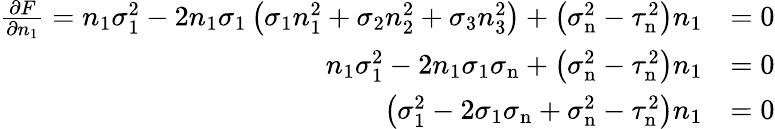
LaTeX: {\begin{array}{rl}{{\frac{\partial F}{\partial n_{1}}}=n_{1}\sigma_{1}^{2}-2n_{1}\sigma_{1}\left(\sigma_{1}n_{1}^{2}+\sigma_{2}n_{2}^{2}+\sigma_{3}n_{3}^{2}\right)+\left(\sigma_{\mathrm{n}}^{2}-\tau_{\mathrm{n}}^{2}\right)n_{1}}&{=0}\\ {n_{1}\sigma_{1}^{2}-2n_{1}\sigma_{1}\sigma_{\mathrm{n}}+\left(\sigma_{\mathrm{n}}^{2}-\tau_{\mathrm{n}}^{2}\right)n_{1}}&{=0}\\ {\left(\sigma_{1}^{2}-2\sigma_{1}\sigma_{\mathrm{n}}+\sigma_{\mathrm{n}}^{2}-\tau_{\mathrm{n}}^{2}\right)n_{1}}&{=0}\end{array}}